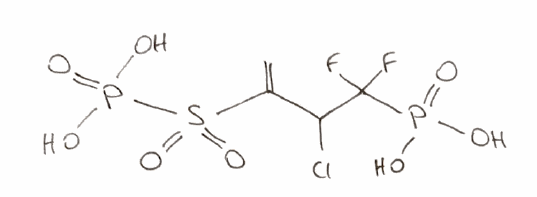
Simplified molecular-input line-entry system (SMILES) notation of the given molecule:
C=C(C(C(F)(F)P(=O)(O)O)Cl)S(=O)(=O)P(=O)(O)O